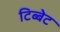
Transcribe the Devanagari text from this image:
टिब्बेट